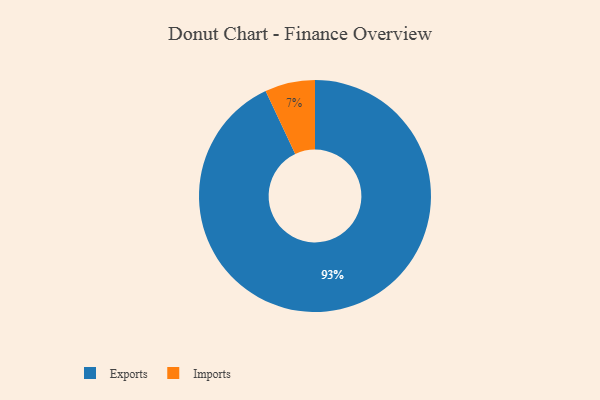
{"axis": {"x": "Category", "y": "Percentage"}, "legend": ["Exports", "Imports"], "data": [{"x": "Imports", "y": 7, "type": "Imports"}, {"x": "Exports", "y": 93, "type": "Exports"}]}